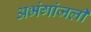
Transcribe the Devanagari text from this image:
अभंगांजली